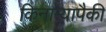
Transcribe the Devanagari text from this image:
किनाऱ्यापैकी